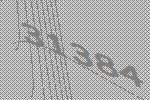
31384